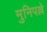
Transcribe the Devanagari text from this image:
मुनिपल्ले